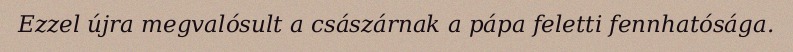
Ezzel újra megvalósult a császárnak a pápa feletti fennhatósága.